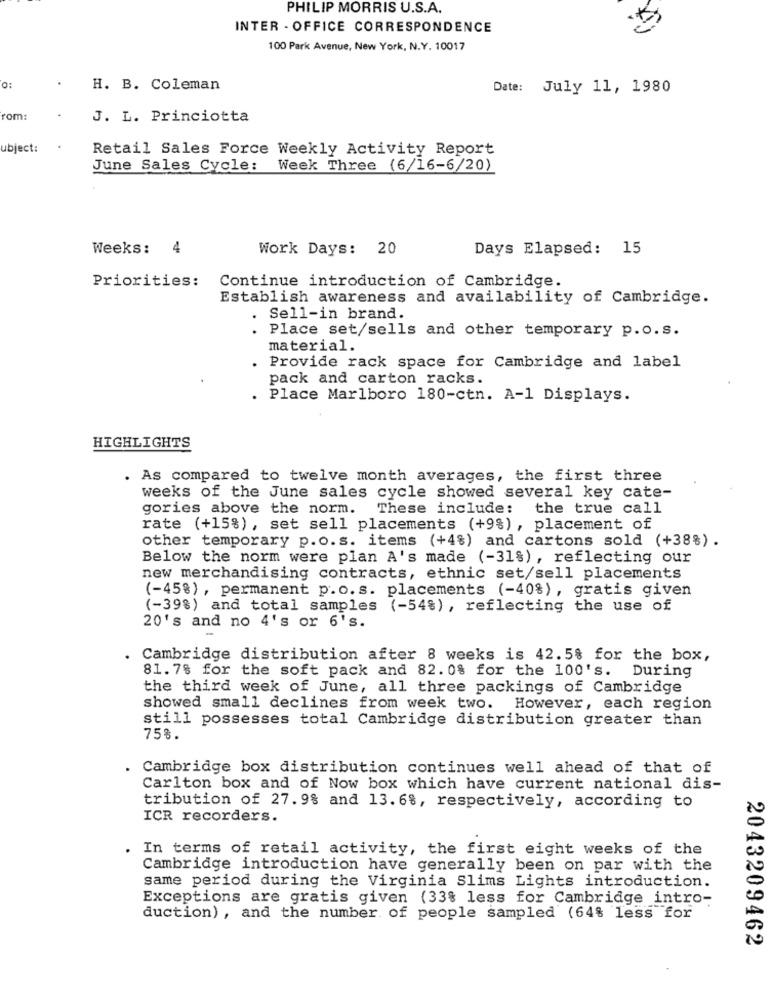
PHILIP MORRIS U.S.A.
INTER - OFFICE CORRESPONDENCE
100 Park Avenue, New York, N.Y. 10017
0:
H. B. Coleman
Date: July 11, 1980
rom:
J. L. Princiotta
ubject:
Retail Sales Force Weekly Activity Report
June Sales Cycle: Week Three (6/16-6/20)
Weeks: 4
Work Days: 20
Days Elapsed: 15
Priorities: Continue introduction of Cambridge.
Establish awareness and availability of Cambridge.
. Sell-in brand.
Place set/sells and other temporary p.o.s.
material.
Provide rack space for Cambridge and label
pack and carton racks.
. Place Marlboro 180-ctn. A-1 Displays.
HIGHLIGHTS
. As compared to twelve month averages, the first three
weeks of the June sales cycle showed several key cate-
gories above the norm.
These include:
the true call
rate (+15%), set sell placements (+9%), placement of
other temporary p. o. s. items (+4%) and cartons sold (+38%).
Below the norm were plan A's made (-31%), reflecting our
new merchandising contracts, ethnic set/sell placements
(-45%), permanent p.o.s. placements (-40%), gratis given
(-39%) and total samples (-54%) , reflecting the use of
20's and no 4's or 6's.
Cambridge distribution after 8 weeks is 42.5% for the box,
81. 7% for the soft pack and 82. 0% for the 100's. During
the third week of June, all three packings of Cambridge
showed small declines from week two. However, each region
still possesses total Cambridge distribution greater than
75%.
. Cambridge box distribution continues well ahead of that of
Carlton box and of Now box which have current national dis-
tribution of 27.9% and 13. 6%, respectively, according to
ICR recorders.
. In terms of retail activity, the first eight weeks of the
Cambridge introduction have generally been on par with the
same period during the Virginia Slims Lights introduction.
Exceptions are gratis given (33% less for Cambridge intro-
duction) , and the number of people sampled (64% less for
2043209462